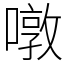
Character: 噋